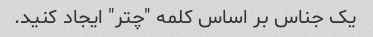
یک جناس بر اساس کلمه "چتر" ایجاد کنید.